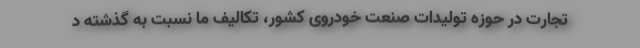
تجارت در حوزه تولیدات صنعت خودروی کشور، تکالیف ما نسبت به گذشته د